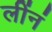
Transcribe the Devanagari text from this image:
लींनं